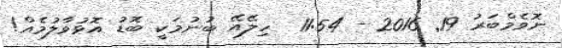
ނޮވެމްބަރު 19